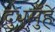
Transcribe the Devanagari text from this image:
दुधमुँहे